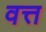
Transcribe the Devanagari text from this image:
वत्त